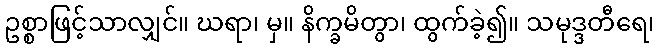
ဥစ္စာဖြင့်သာလျှင်။ ဃရာ၊ မှ။ နိက္ခမိတွာ၊ ထွက်ခဲ့၍။ သမုဒ္ဒတီရေ၊